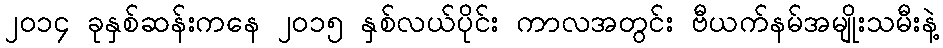
၂၀၁၄ ခုနှစ်ဆန်းကနေ ၂၀၁၅ နှစ်လယ်ပိုင်း ကာလအတွင်း ဗီယက်နမ်အမျိုးသမီးနဲ့